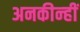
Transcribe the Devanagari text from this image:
अनकीन्‍हीं